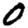
Digit: 0